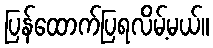
ပြန်ထောက်ပြရလိမ့်မယ်။